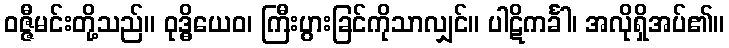
ဝဇ္ဇီမင်းတို့သည်။ ဝုဒ္ဓိယေဝ၊ ကြီးပွားခြင်ကိုသာလျှင်။ ပါဋိကင်္ခါ၊ အလိုရှိအပ်၏။